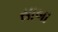
સાબા